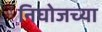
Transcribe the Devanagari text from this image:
निघोजच्या